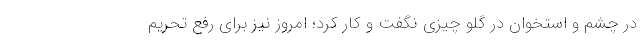
در چشم و استخوان در گلو چیزی نگفت و کار کرد؛ امروز نیز برای رفع تحریم